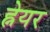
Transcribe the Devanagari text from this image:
ह्नेयर